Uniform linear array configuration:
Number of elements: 4
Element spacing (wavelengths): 1
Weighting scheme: hamming
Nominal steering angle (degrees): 15
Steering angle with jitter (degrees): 16.583
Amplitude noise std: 0.05
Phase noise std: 0.05

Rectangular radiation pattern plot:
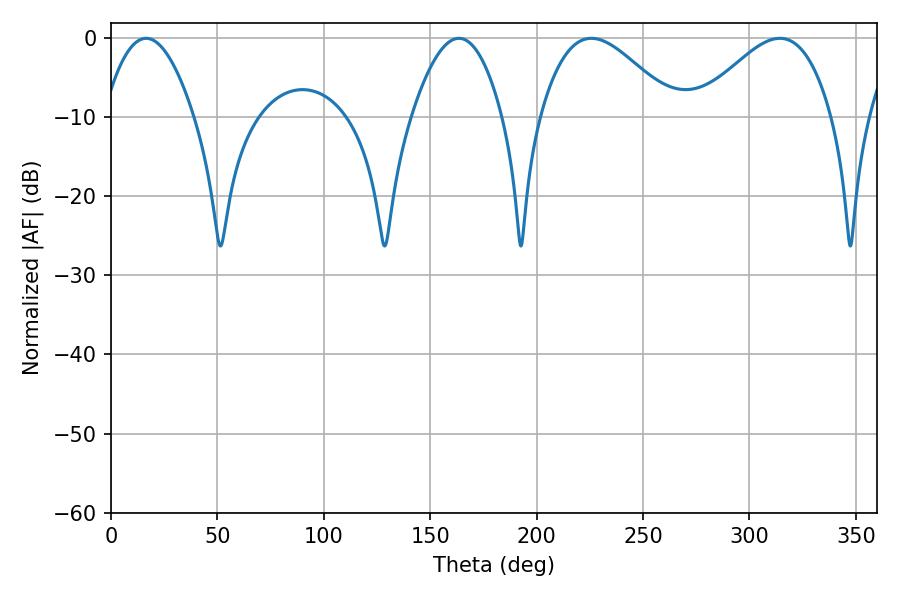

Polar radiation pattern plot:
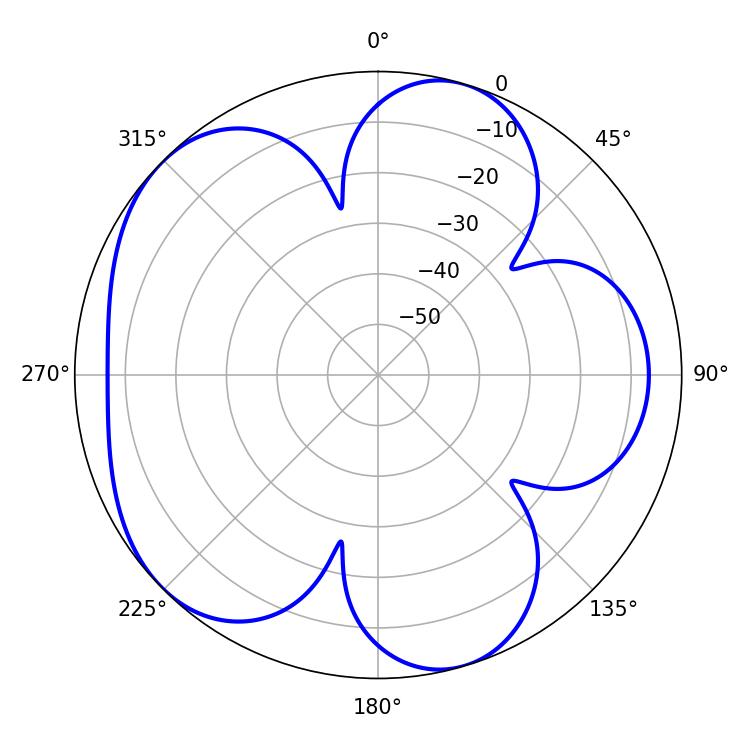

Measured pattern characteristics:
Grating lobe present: TRUE
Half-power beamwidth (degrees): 34.02
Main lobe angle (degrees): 225.72